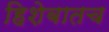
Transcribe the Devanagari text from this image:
हिशेबातच